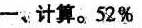
-、计算。52%